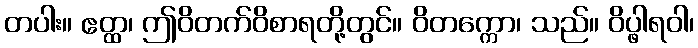
တပါး။ ဧတ္ထ၊ ဤဝိတက်ဝိစာရတို့တွင်။ ဝိတက္ကော၊ သည်။ ဝိပ္ဖါရဝါ၊